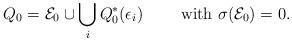
LaTeX: \begin{align*}Q_0= \mathcal{E}_0\cup \bigcup_i Q_0^*(\epsilon_i)\qquad\hbox{ with }\sigma(\mathcal {E}_0)=0.\end{align*}